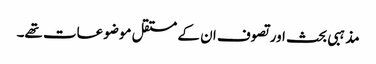
مذہبی بحث اور تصوف ان کے مستقل موضوعات تھے۔